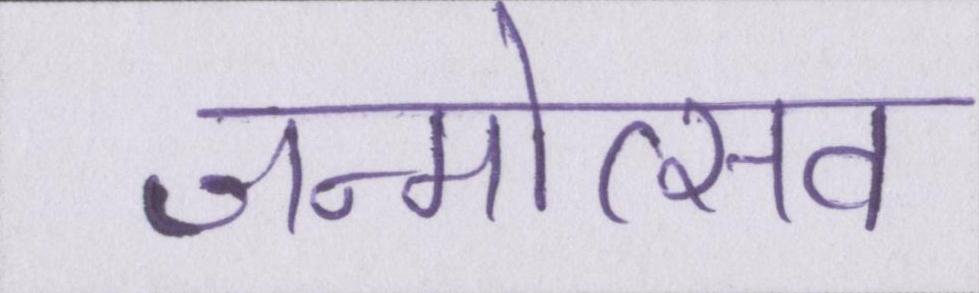
जन्मोत्सव